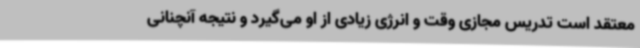
معتقد است تدریس مجازی وقت و انرژی زیادی از او می‌گیرد و نتیجه آنچنانی